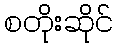
စတိုးဆိုင်